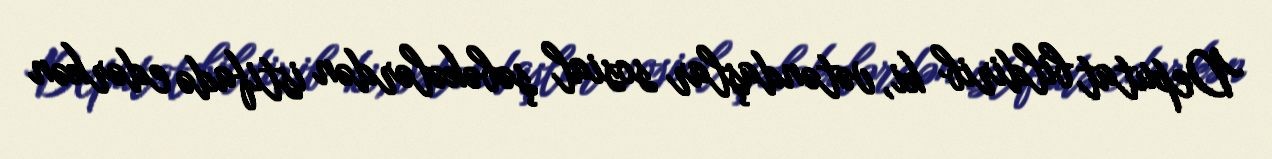
Deputat bildirib ki, vətəndaşlar sosial şəbəkələrdən istifadə edərkən